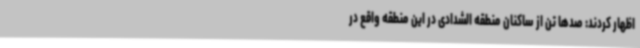
اظهار کردند: صدها تن از ساکنان منطقه الشدادی در این منطقه واقع در